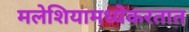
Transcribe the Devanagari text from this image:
मलेशियामध्येकरतात